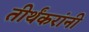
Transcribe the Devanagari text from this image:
तीर्थंकरांनी